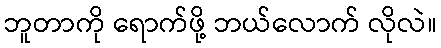
ဘူတာကို ရောက်ဖို့ ဘယ်လောက် လိုလဲ။